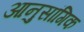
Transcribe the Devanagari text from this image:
आनुसांगिक